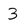
Character: 3